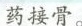
药接骨。